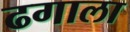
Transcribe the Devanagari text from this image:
ढगाला